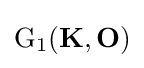
{\text{G}}_{1}(\mathbf {K} ,\mathbf {O} )